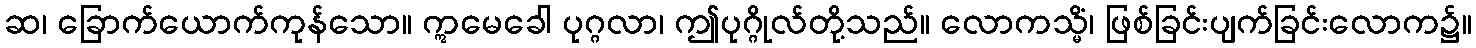
ဆ၊ ခြောက်ယောက်ကုန်သော။ ဣမေခေါ ပုဂ္ဂလာ၊ ဤပုဂ္ဂိုလ်တို့သည်။ လောကသ္မိံ၊ ဖြစ်ခြင်းပျက်ခြင်းလောက၌။